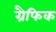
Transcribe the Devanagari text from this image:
ग्रैफिक